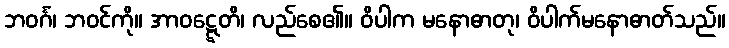
ဘဝင်္ဂံ၊ ဘဝင်ကို။ အာဝဋ္ဋေတိ၊ လည်စေ၏။ ဝိပါက မနောဓာတု၊ ဝိပါက်မနောဓာတ်သည်။